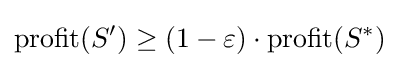
\mathrm {profit} (S')\geq (1-\varepsilon )\cdot \mathrm {profit} (S^{*})